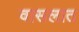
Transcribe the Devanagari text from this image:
वासलात